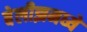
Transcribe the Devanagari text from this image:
बेलीझमध्ये